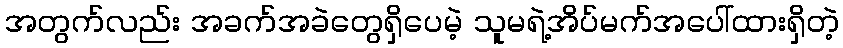
အတွက်လည်း အခက်အခဲတွေရှိပေမဲ့ သူမရဲ့အိပ်မက်အပေါ်ထားရှိတဲ့